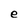
Character: e